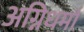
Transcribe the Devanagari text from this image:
अग्निधर्मा